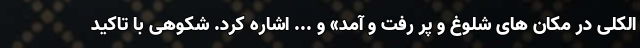
الکلی در مکان های شلوغ و پر رفت و آمد» و ... اشاره کرد. شکوهی با تاکید